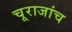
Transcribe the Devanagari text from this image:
चूराजांच